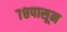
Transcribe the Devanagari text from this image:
७८पासून